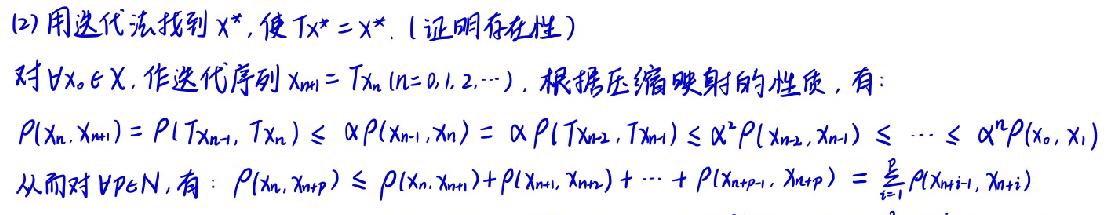
(2) 用迭代法找到 $x^*$, 使 $Tx^* = x^*$. (证明存在性)
对 $\forall x_0\in X$, 作迭代序列 $x_{n + 1}=Tx_n(n = 0,1,2,\cdots)$. 根据压缩映射的性质, 有:
$\rho(x_n,x_{n + 1})=\rho(Tx_{n - 1},Tx_n)\leq\alpha\rho(x_{n - 1},x_n)=\alpha\rho(Tx_{n - 2},Tx_{n - 1})\leq\alpha^2\rho(x_{n - 2},x_{n - 1})\leq\cdots\leq\alpha^n\rho(x_0,x_1)$
从而对 $\forall p\in N$, 有: $\rho(x_n,x_{n + p})\leq\rho(x_n,x_{n+1})+\rho(x_{n + 1},x_{n + 2})+\cdots+\rho(x_{n + p - 1},x_{n + p})=\sum_{i = 1}^{p}\rho(x_{n + i - 1},x_{n + i})$